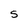
Character: S